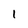
Character: 1